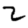
Digit: 2